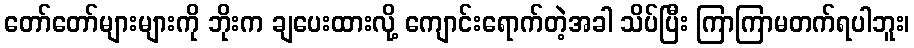
တော်တော်များများကို ဘိုးက ချပေးထားလို့ ကျောင်းရောက်တဲ့အခါ သိပ်ပြီး ကြာကြာမတက်ရပါဘူး၊